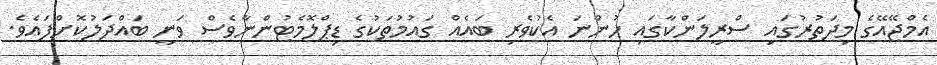
އެމްޖޭއޭގެ މިދަތުރުގައި ސްރީލަންކާގައި ހުންނަ އެކުވެރި ބައެއް ގައުމުތަކުގެ ޑިޕްލޮމެޓުންނާވެސް ވަނީ ބައްދަލުކޮށްފައެވެ.